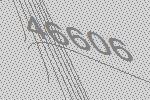
46606